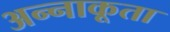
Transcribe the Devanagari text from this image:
अन्‍नाकूता